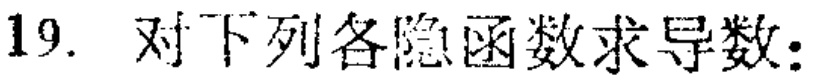
19. 对下列各隐函数求导数：